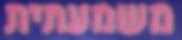
משמעתית